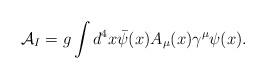
LaTeX: \begin{align*}{\cal A}_I = g \int d^4x \bar{\psi}(x) A_\mu(x) \gamma^\mu \psi(x).\end{align*}